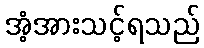
အံ့အားသင့်ရသည်